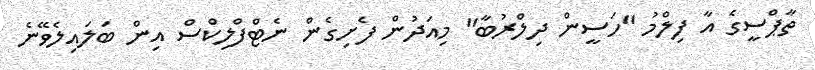
ތާޕްސީގެ އާ ފިލްމު "ހަސީން ދިލްރުބާ" މިއަދުން ފެށިގެން ނެޓްފްލިކްސް އިން ބަލައިލެވޭނެ